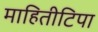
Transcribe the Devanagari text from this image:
माहितीटिपा